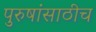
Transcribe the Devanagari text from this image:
पुरुषांसाठीच